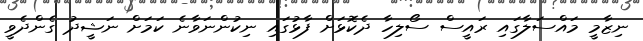
ނިޒާމީ މައްސަލާގައި ރައީސް ސޯލިހާ ދެކޮޅަށް ފާޅުގައި ނިކުންނަވާނެ ކަމަށް ނަޝީދު ގެންދެވީ